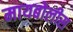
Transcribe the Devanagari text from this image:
मायबोलीस